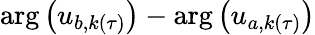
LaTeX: \arg\left(u_{b,k(\tau)}\right)-\arg\left(u_{a,k(\tau)}\right)